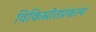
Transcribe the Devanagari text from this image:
विकिस्रोतप्रकल्प